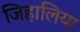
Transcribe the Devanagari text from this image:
जिहालिया